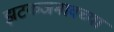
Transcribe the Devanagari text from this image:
झटकजमावच्या